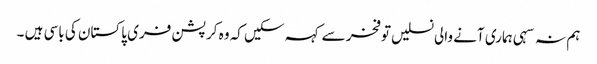
ہم نہ سہی ہماری آنے والی نسلیں توفخر سے کہہ سکیں کہ وہ کرپشن فری پاکستان کی باسی ہیں ۔